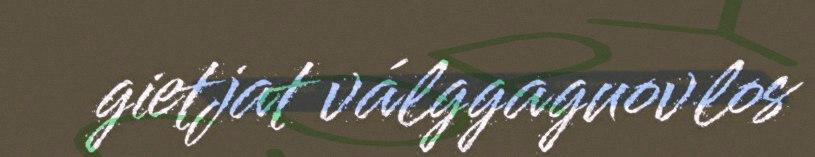
gietjat válggaguovlos